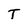
Character: T